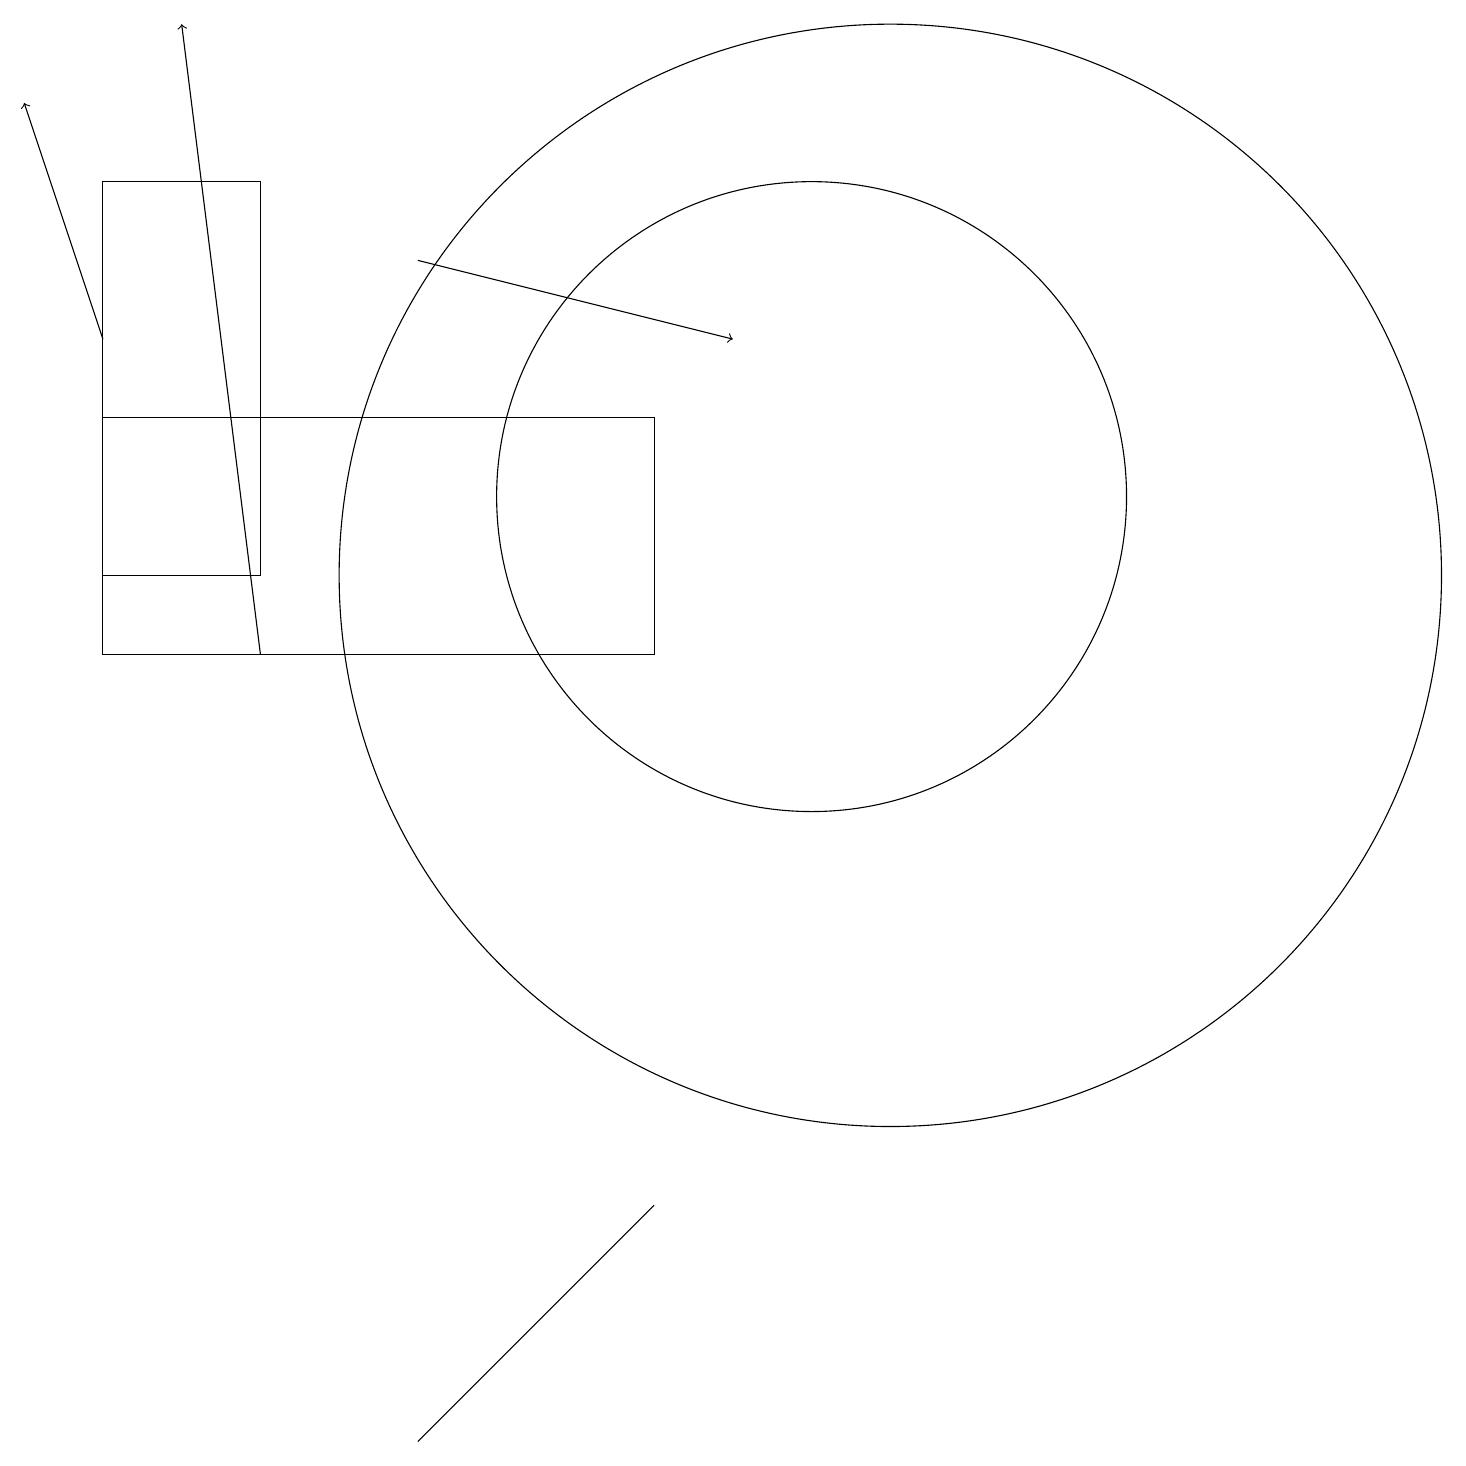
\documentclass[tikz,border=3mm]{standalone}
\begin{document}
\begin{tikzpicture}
\draw (8,13) rectangle (1,10);
\draw (11,11) circle (7);
\draw (3,11) rectangle (1,16);
\draw (10,12) circle (4);
\draw (6,1) -- (8,3) -- (5,0) -- cycle;
\draw[->] (5,15) -- (9,14);
\draw[->] (3,10) -- (2,18);
\draw[->] (1,14) -- (0,17);
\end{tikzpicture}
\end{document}